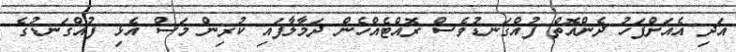
އަދި އެއަށްފަހު ދެންއޮތް ފުއްގަނޑުވެސް ރޮއްޓެއްހެން ދަމާލާފައި ކުރިން މަސް އެޅި ފުއްގަނޑުގެ